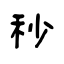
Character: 秒